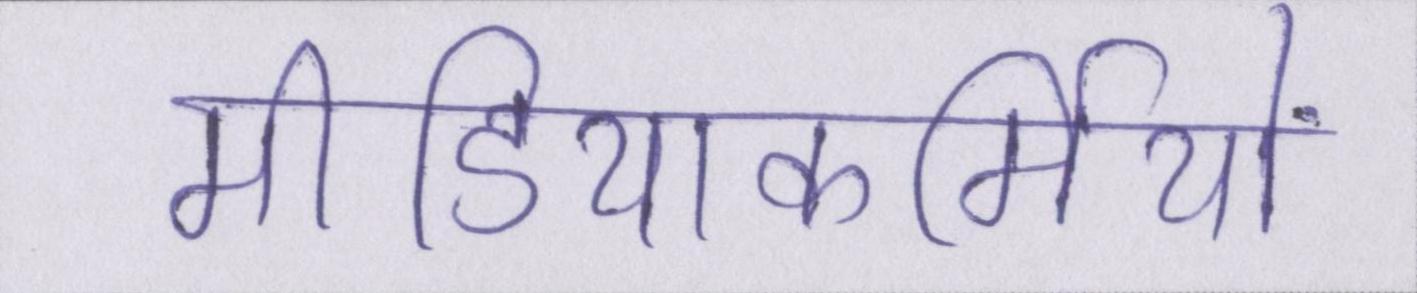
मीडियाकर्मियों